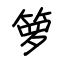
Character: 箩